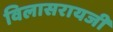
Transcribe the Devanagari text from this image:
विलासरायजी